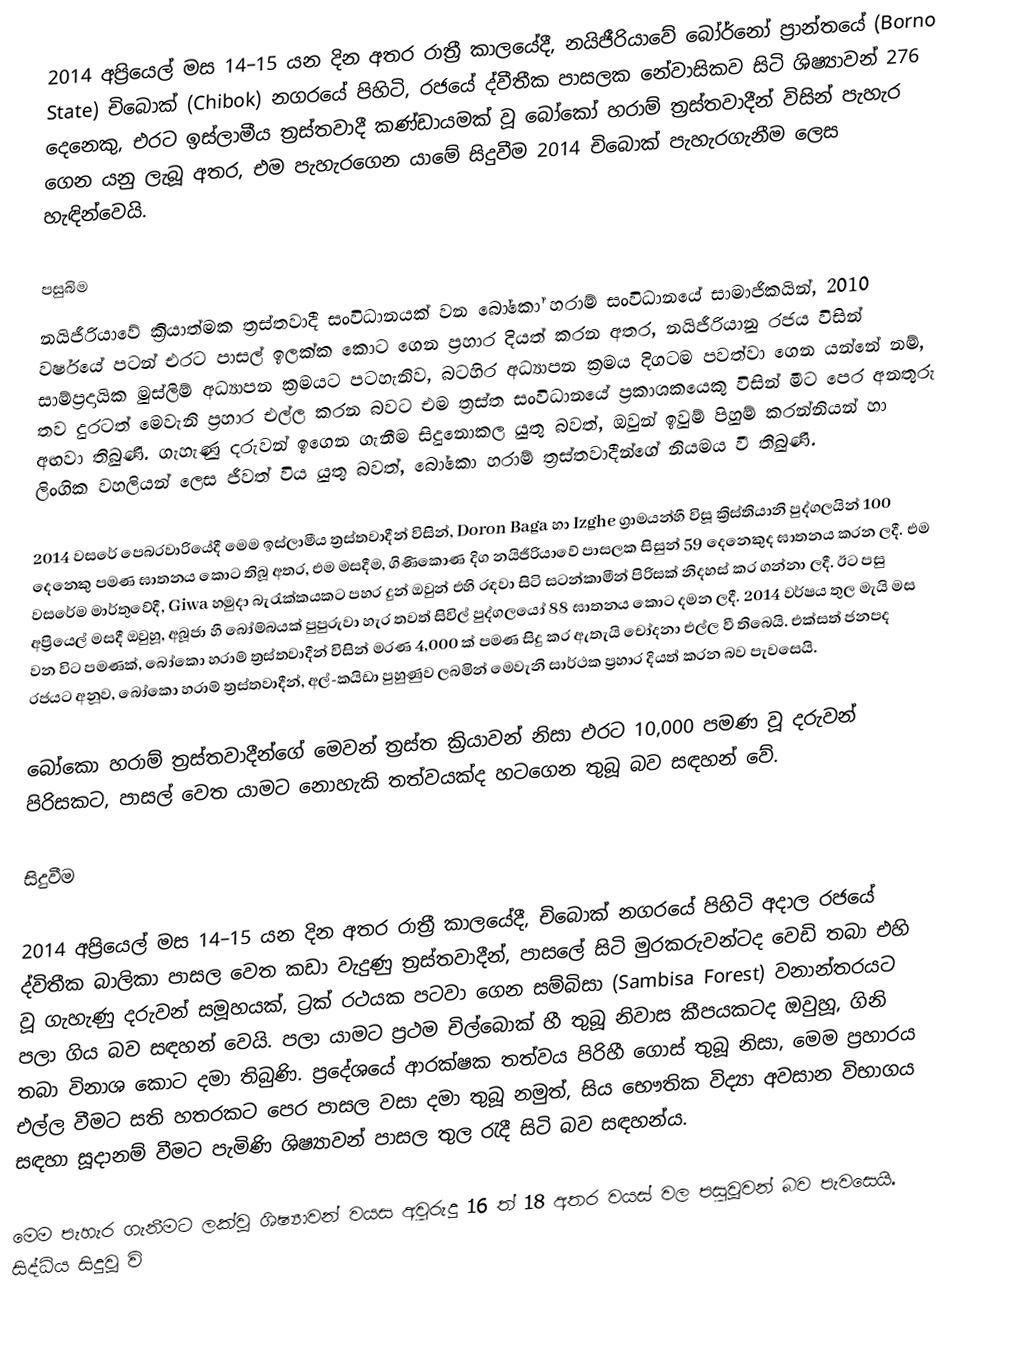
2014 අප්‍රියෙල් මස 14–15 යන දින අතර රාත්‍රී කාලයේදී, නයිජීරියාවේ බෝර්නෝ ප්‍රාන්තයේ (Borno State) චිබොක් (Chibok) නගරයේ පිහිටි, රජයේ ද්වීතීක පාසලක නේවාසිකව සිටි ශිෂ්‍යාවන් 276 දෙනෙකු, එරට ඉස්ලාමීය ත්‍රස්තවාදී කණ්ඩායමක් වූ බෝකෝ හරාම් ත්‍රස්තවාදීන් විසින් පැහැර ගෙන යනු ලැබූ අතර, එම පැහැරගෙන යාමේ සිදුවීම 2014 චිබොක් පැහැරගැනීම ලෙස හැඳින්වෙයි.

පසුබිම
නයිජීරියාවේ ක්‍රියාත්මක ත්‍රස්තවාදී සංවිධානයක් වන බෝකෝ හරාම් සංවිධානයේ සාමාජිකයින්, 2010 වර්ෂයේ පටන් එරට පාසල් ඉලක්ක කොට ගෙන ප්‍රහාර දියත් කරන අතර, නයිජීරියානු රජය විසින් සාම්ප්‍රදායික මුස්ලිම් අධ්‍යාපන ක්‍රමයට පටහැනිව, බටහිර අධ්‍යාපන ක්‍රමය දිගටම පවත්වා ගෙන යන්නේ නම්, තව දුරටත් මෙවැනි ප්‍රහාර එල්ල කරන බවට එම ත්‍රස්ත සංවිධානයේ ප්‍රකාශකයෙකු විසින් මීට පෙර අනතුරු අඟවා තිබුණි. ගැහැණු දරුවන් ඉගෙන ගැනීම සිදුනොකල යුතු බවත්, ඔවුන් ඉවුම් පිහුම් කරන්නියන් හා ලිංගික වහලියන් ලෙස ජීවත් විය යුතු බවත්, බෝකො හරාම් ත්‍රස්තවාදීන්ගේ නියමය වී තිබුණි.

2014 වසරේ පෙබරවාරියේදී මෙම ඉස්ලාමීය ත්‍රස්තවාදීන් විසින්, Doron Baga හා Izghe ග්‍රාමයන්හී විසූ ක්‍රිස්තියානි පුද්ගලයින් 100 දෙනෙකු පමණ ඝාතනය කොට තිබූ අතර, එම මසදීම, ගිණිකොණ දිග නයිජීරියාවේ පාසලක සිසුන් 59 දෙනෙකුද ඝාතනය කරන ලදී. එම වසරේම මාර්තුවේදී, Giwa හමුදා බැරැක්කයකට පහර දුන් ඔවුන් එහි රඳවා සිටි සටන්කාමීන් පිරිසක් නිදහස් කර ගන්නා ලදී. ඊට පසු අප්‍රියෙල් මසදී ඔවුහූ, අබූජා හී බෝම්බයක් පුපුරුවා හැර තවත් සිවිල් පුද්ගලයෝ 88 ඝාතනය කොට දමන ලදී. 2014 වර්ෂය තුල මැයි මස වන විට පමණක්, බෝකො හරාම් ත්‍රස්තවාදීන් විසින් මරණ 4,000 ක් පමණ සිදු කර ඇතැයි චෝදනා එල්ල වී තිබෙයි.  එක්සත් ජනපද රජයට අනූව, බෝකො හරාම් ත්‍රස්තවාදීන්, අල්-කයිඩා පුහුණුව ලබමින් මෙවැනි සාර්ථක ප්‍රහාර දියත් කරන බව පැවසෙයි.

බෝකො හරාම් ත්‍රස්තවාදීන්ගේ මෙවන් ත්‍රස්ත ක්‍රියාවන් නිසා එරට 10,000 පමණ වූ දරුවන් පිරිසකට, පාසල් වෙත යාමට නොහැකි තත්වයක්ද හටගෙන තුබූ බව සඳහන් වේ.

සිදුවීම

2014 අප්‍රියෙල් මස 14–15 යන දින අතර රාත්‍රී කාලයේදී, චිබොක් නගරයේ පිහිටි අදාල රජයේ ද්විතීක බාලිකා පාසල වෙත කඩා වැදුණු ත්‍රස්තවාදීන්, පාසලේ සිටි මුරකරුවන්ටද වෙඩි තබා එහි වූ ගැහැණු දරුවන් සමූහයක්, ට්‍රක් රථයක පටවා ගෙන සම්බිසා (Sambisa Forest) වනාන්තරයට පලා ගිය බව සඳහන් වෙයි. පලා යාමට ප්‍රථම චිල්බොක් හී තුබූ නිවාස කීපයකටද ඔවුහූ, ගිනි තබා විනාශ කොට දමා තිබුණි. ප්‍රදේශයේ ආරක්ෂක තත්වය පිරිහී ගොස් තුබූ නිසා, මෙම ප්‍රහාරය එල්ල වීමට සති හතරකට පෙර පාසල වසා දමා තුබූ නමුත්, සිය භෞතික විද්‍යා අවසාන විභාගය සඳහා සූදානම් වීමට පැමිණි ශිෂ්‍යාවන් පාසල තුල රැදී සිටි බව සඳහන්ය.

මෙම පැහැර ගැනීමට ලක්වූ ශිෂ්‍යාවන් වයස අවුරුදු 16 ත් 18 අතර වයස් වල පසුවූවන් බව පැවසෙයි. සිද්ධිය සිදුවූ වි